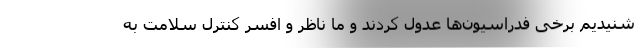
شنیدیم برخی فدراسیون‌ها عدول کردند و ما ناظر و افسر کنترل سلامت به